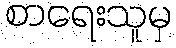
စာရေးသူမှ